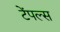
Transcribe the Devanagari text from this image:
टेंपल्स